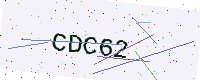
Text: CDC62